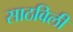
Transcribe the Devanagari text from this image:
साठविली